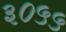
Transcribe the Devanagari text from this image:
३०५५